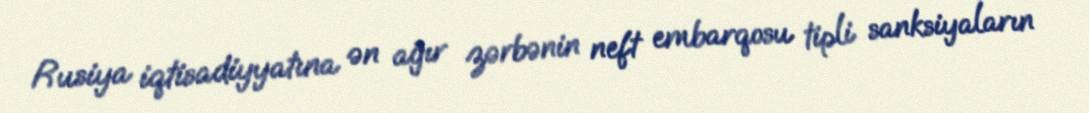
Rusiya iqtisadiyyatına ən ağır zərbənin neft embarqosu tipli sanksiyaların